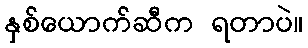
နှစ်ယောက်ဆီက ရတာပဲ။